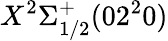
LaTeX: X^{2}\Sigma_{1/2}^{+}(02^{2}0)